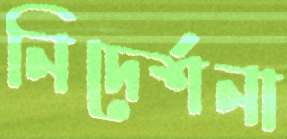
নিদের্শনা